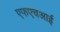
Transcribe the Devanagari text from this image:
एफएचआई